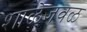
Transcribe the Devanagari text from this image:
शाळेजवळ